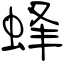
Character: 蜂